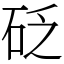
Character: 砭